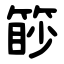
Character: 篎